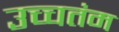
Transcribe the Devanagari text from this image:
उच्चतंम